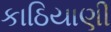
કાઠિયાણી